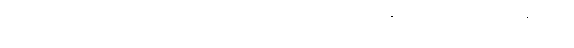
မှူးကြီးမတ်ကြီး သံကြီးတမန်ကြီးများကို လာရောက်တွေ့ကြုံ နှုတ်ဆက်သည် ထုံးစံနှင့်မညီ၊